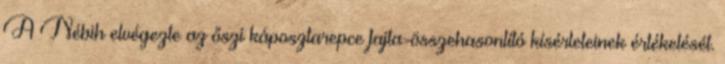
A Nébih elvégezte az őszi káposztarepce fajta-összehasonlító kísérleteinek értékelését.